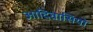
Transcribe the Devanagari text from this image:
आदिवासियो